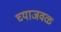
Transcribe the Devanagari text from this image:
च्याजवळ